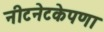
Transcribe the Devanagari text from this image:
नीटनेटकेपणा